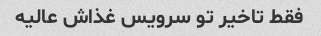
فقط تاخیر تو سرویس غذاش عالیه